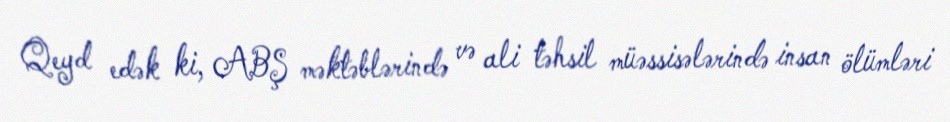
Qeyd edək ki, ABŞ məktəblərində və ali təhsil müəssisələrində insan ölümləri